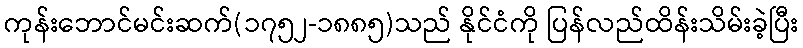
ကုန်းဘောင်မင်းဆက်(၁၇၅၂-၁၈၈၅)သည် နိုင်ငံကို ပြန်လည်ထိန်းသိမ်းခဲ့ပြီး